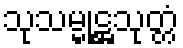
သုသမ္မုဋ္ဌသုတ္တံ